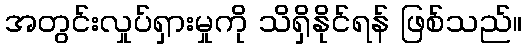
အတွင်းလှုပ်ရှားမှုကို သိရှိနိုင်ရန် ဖြစ်သည်။